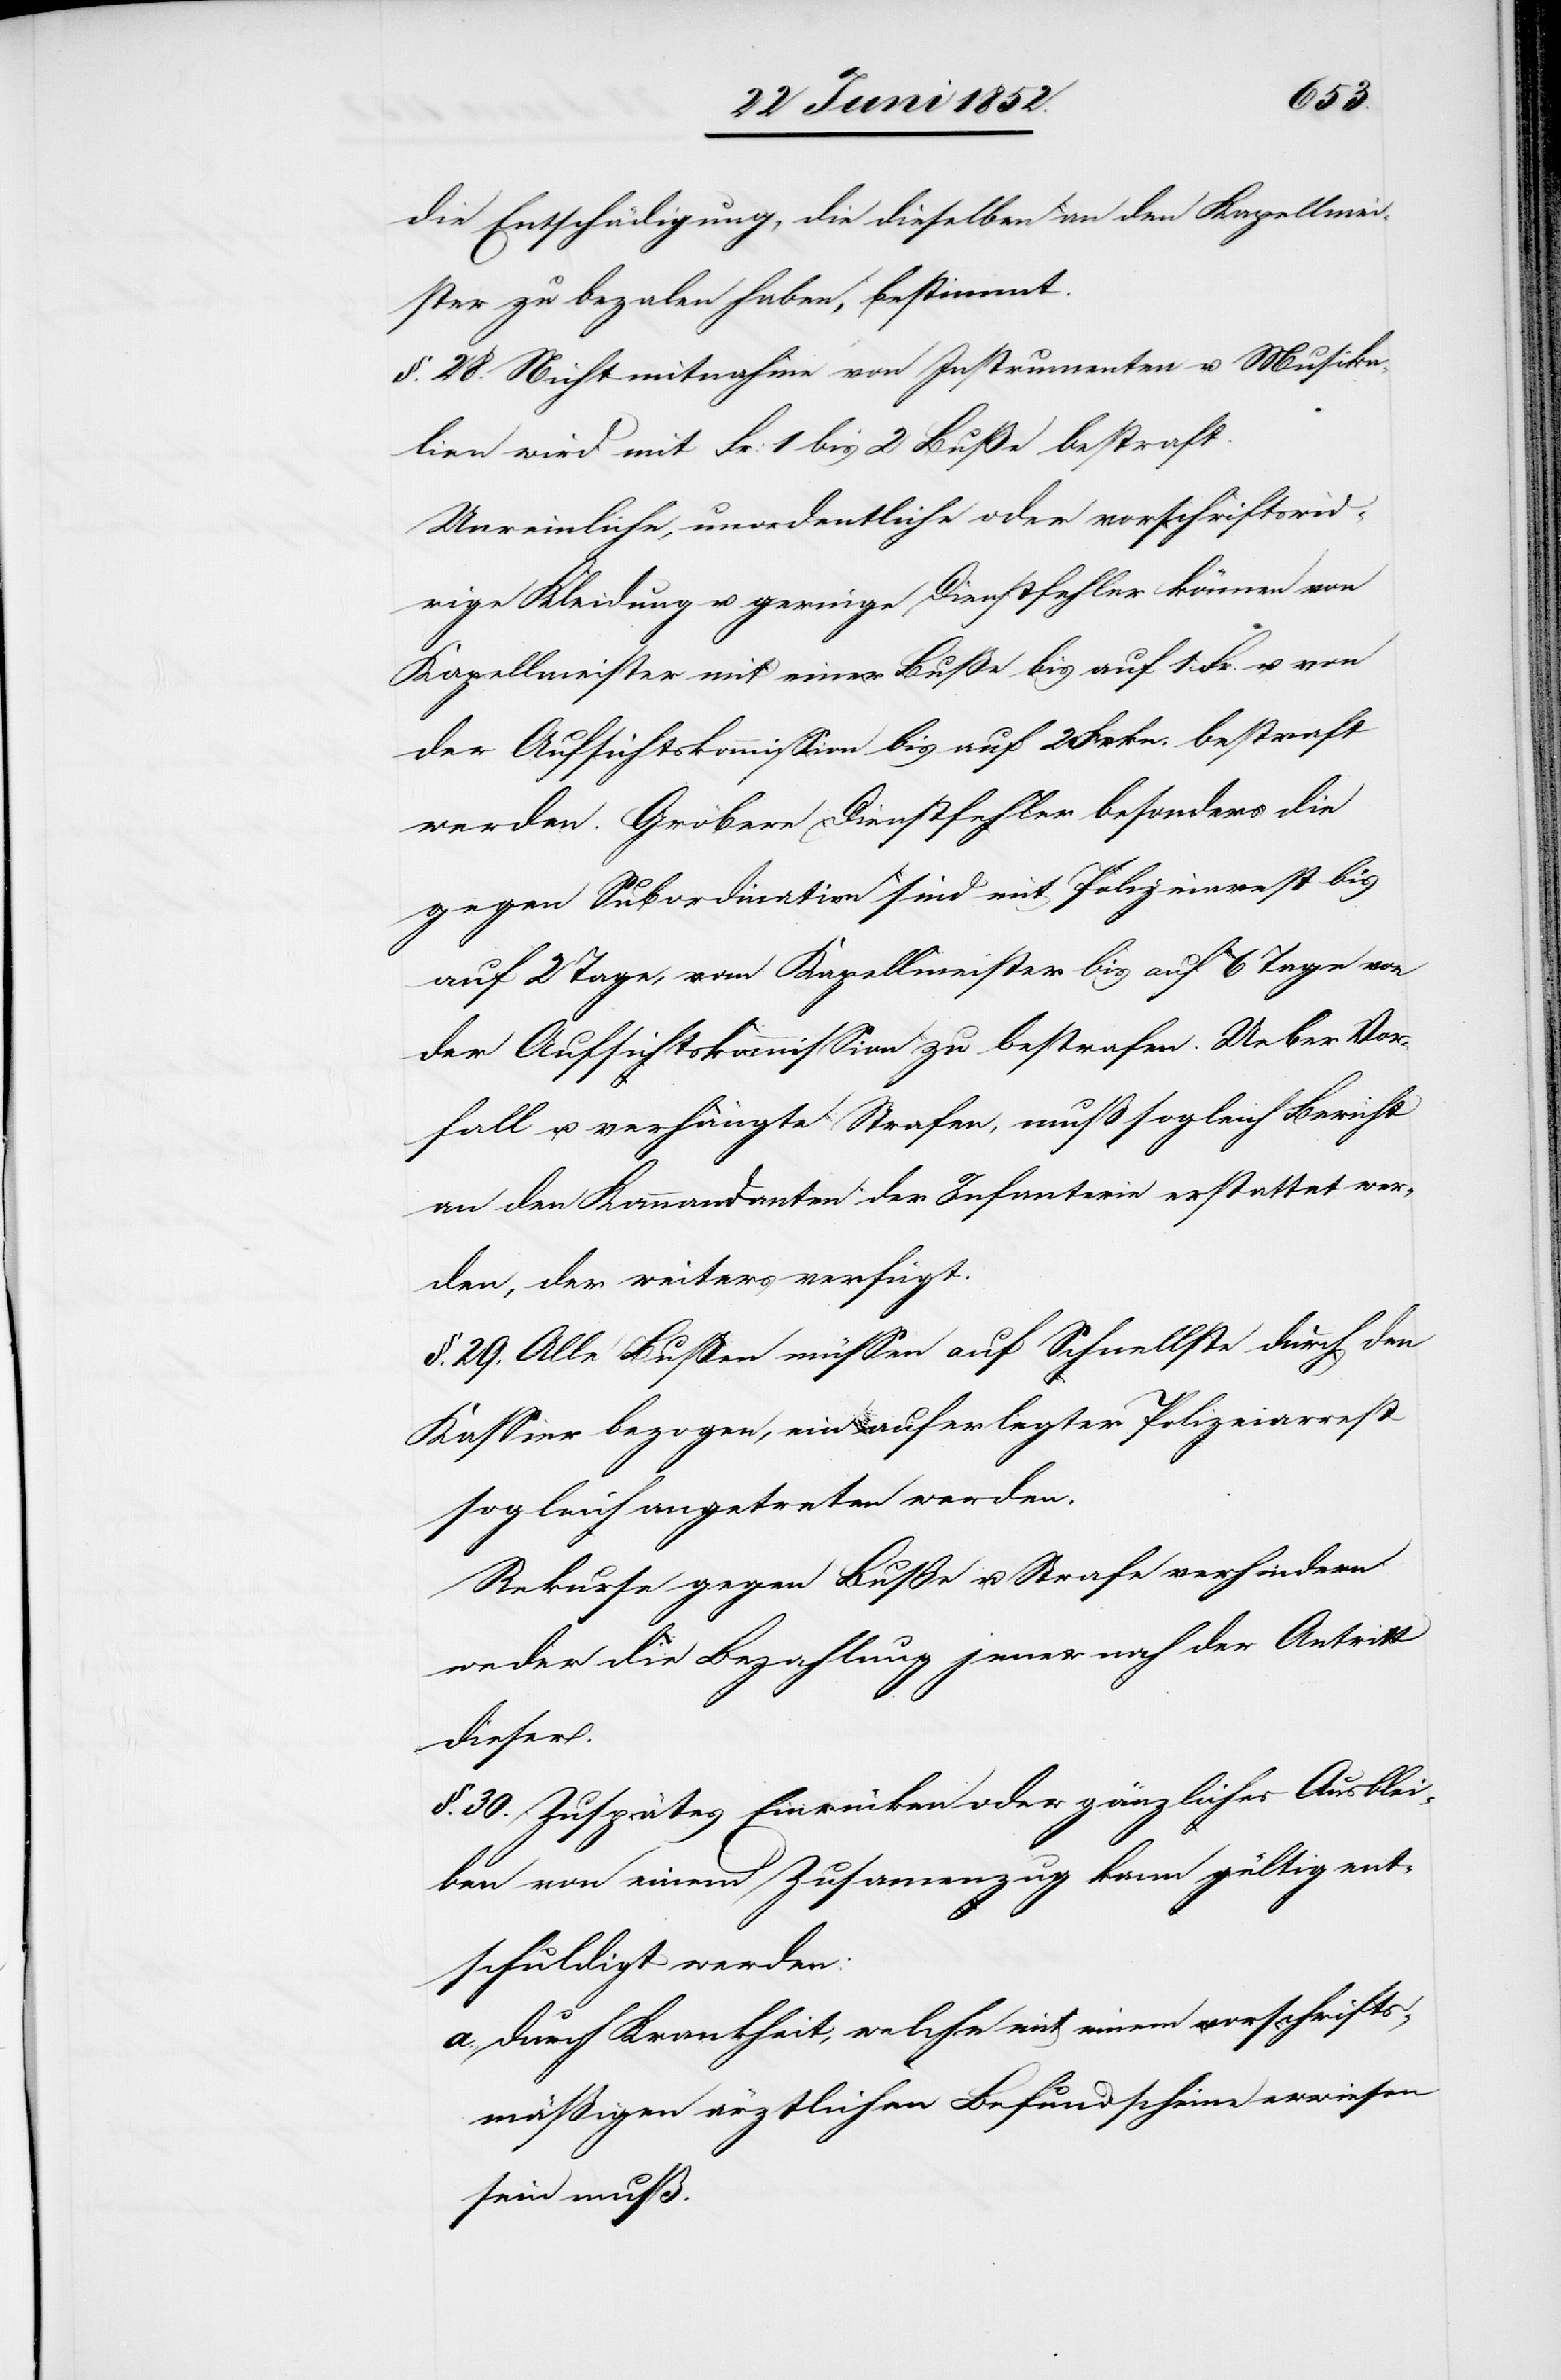
die Entschädigung, die dieselben an den Kapellmei¬
ster zu beza[h]len haben, bestimmt.
§. 28. Nichtmitnahme von Instrumenten u. Musika¬
lien wird mit Fr: 1 bis 2 Buße bestraft.
Unreinliche, unordentliche oder vorschriftswid¬
rige Kleidung u. geringe Dienstfehler können von
Kapellmeister mit einer Buße bis auf 1 Fr. u. von
der Aufsichtskommission bis auf 2 Frkn. bestraft
werden. Gröbere Dienstfehler besonders die
gegen Subordination sind mit Polizeiar[r]est bis
auf 2 Tage, vom Kapellmeister bis auf 6 Tage von
der Aufsichtskommission zu bestrafen. Ueber Vor¬
fall u. verhängte Strafen, muß sogleich Bericht
an den Kommandanten der Infanterie erstattet wer¬
den, der weiters verfügt.
§. 29. Alle Bussen müssen auf[s] Schnellste durch den
Kassier bezogen, ein auferlegter Polizeiarrest
sogleich angetreten werden.
Rekurse gegen Buße u. Strafe verhindern
weder die Bezahlung jener noch der Antritt
dieser.
§. 30. Zuspätes Einrücken oder gänzliches Ausblei¬
ben von einem Zusamenzug kann gültig ent¬
schuldigt werden:
durch Krankheit, welche mit einem vorschrifts¬
mäßigen ärztlichen Befundscheine erwiesen
sein muß.